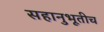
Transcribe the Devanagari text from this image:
सहानुभूतीच